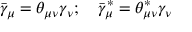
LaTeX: { \bar { \gamma } } _ { \mu } = \theta _ { \mu \nu } \gamma _ { \nu } ; \quad { \bar { \gamma } } _ { \mu } ^ { * } = \theta _ { \mu \nu } ^ { * } \gamma _ { \nu }